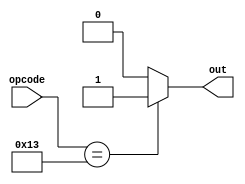
// This program was cloned from: https://github.com/chicken8848/RISKY
// License: MIT License

module bit_sel_logic (
  input [6:0] opcode,
  output reg out
);

always @ (opcode) begin
  if (opcode == 7'b0010011) begin
    out = 1;
  end else
    out = 0;
end
endmodule